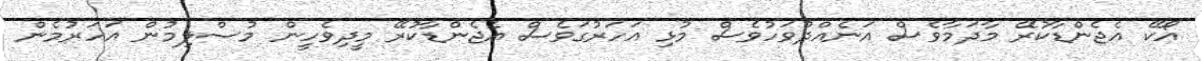
އޯކޭ އެޖެންޑާކުރޭ މާދަމާވެސް އަނެއްދުވަހުވެސް މުޅި އަހަރުގަވެސް އެޖެންޑާކުރޭ މީދިވެހީން މުސްލިމުން އަހަރުމެން